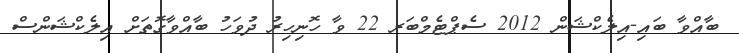
ބާއްވާ ބައި-އިލެކްޝަން 2012 ސެޕްޓެމްބަރ 22 ވާ ހޮނިހިރު ދުވަހު ބާއްވާގޮތަށް އިލެކްޝަންސް